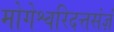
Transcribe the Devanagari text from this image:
मोगेश्वरिदत्तसंज्ञं